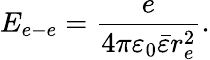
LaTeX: E_{e-e}=\frac{e}{4\pi\varepsilon_{0}\bar{\varepsilon}r_{e}^{2}}.